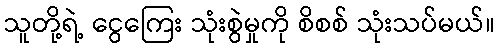
သူတို့ရဲ့ ငွေကြေး သုံးစွဲမှုကို စိစစ် သုံးသပ်မယ်။